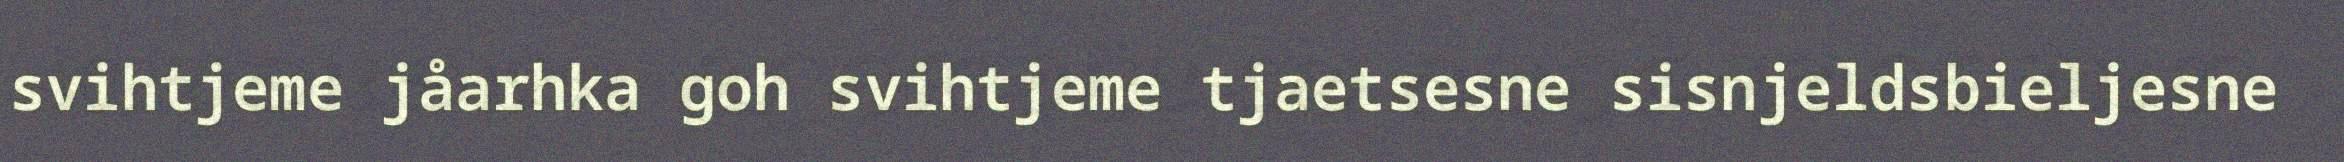
svihtjeme jåarhka goh svihtjeme tjaetsesne sisnjeldsbieljesne